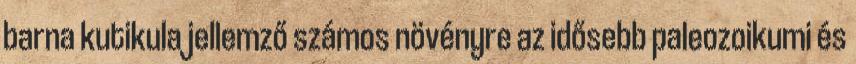
barna kutikula jellemző számos növényre az idősebb paleozoikumi és